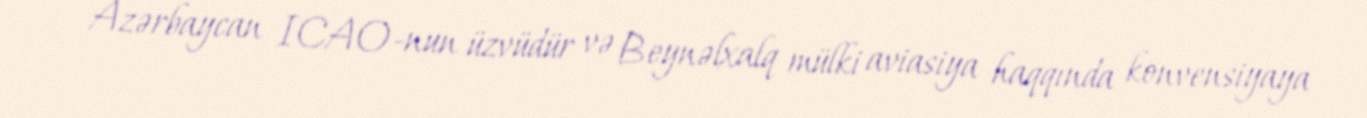
Azərbaycan ICAO-nun üzvüdür və Beynəlxalq mülki aviasiya haqqında konvensiyaya